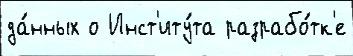
да́нных о Инст'иту́та разрабо́тк'е